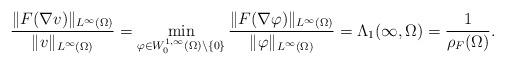
LaTeX: \begin{align*}\frac{\|F(\nabla v)\|_{L^{\infty}(\Omega)}}{\|v\|_{L^{\infty}(\Omega)}}=\min_{\varphi\in W_{0}^{1,\infty}(\Omega)\setminus\{0\}}\frac{\|F(\nabla \varphi)\|_{L^{\infty}(\Omega)}}{\|\varphi\|_{L^{\infty}(\Omega)}}=\Lambda_1(\infty,\Omega)= \frac{1}{\rho_{F}(\Omega)}. \end{align*}